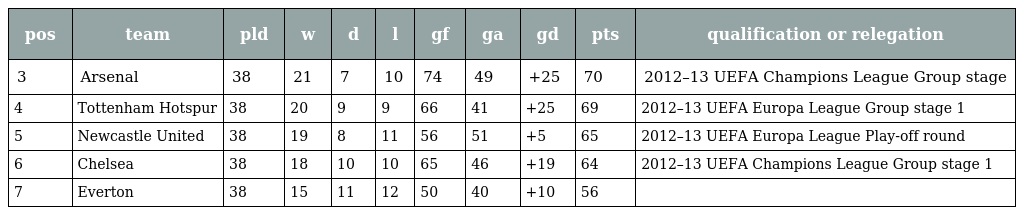
| pos | team | pld | w | d | l | gf | ga | gd | pts | qualification or relegation |
 | --- | --- | --- | --- | --- | --- | --- | --- | --- | --- | --- |
 | 3 | Arsenal | 38 | 21 | 7 | 10 | 74 | 49 | +25 | 70 | 2012–13 UEFA Champions League Group stage |
 | 4 | Tottenham Hotspur | 38 | 20 | 9 | 9 | 66 | 41 | +25 | 69 | 2012–13 UEFA Europa League Group stage 1 |
 | 5 | Newcastle United | 38 | 19 | 8 | 11 | 56 | 51 | +5 | 65 | 2012–13 UEFA Europa League Play-off round |
 | 6 | Chelsea | 38 | 18 | 10 | 10 | 65 | 46 | +19 | 64 | 2012–13 UEFA Champions League Group stage 1 |
 | 7 | Everton | 38 | 15 | 11 | 12 | 50 | 40 | +10 | 56 |  |